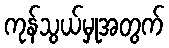
ကုန်သွယ်မှုအတွက်